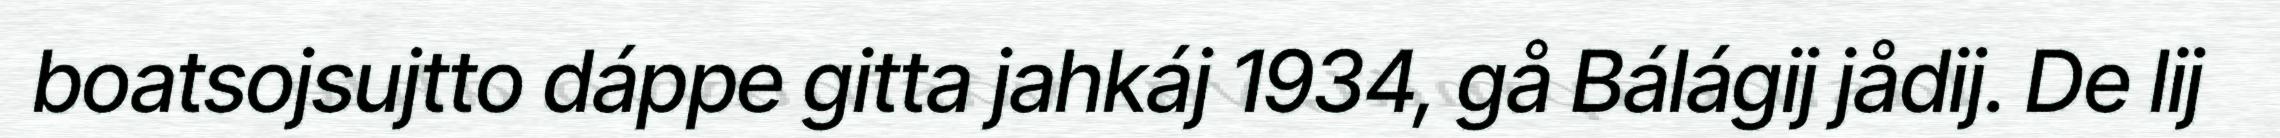
boatsojsujtto dáppe gitta jahkáj 1934, gå Bálágij jådij. De lij